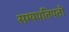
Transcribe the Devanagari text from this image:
सम्यपतिपती